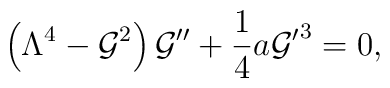
\left(\Lambda^4-{\cal G}^2\right){\cal G}''+{1\over 4}a {{\cal G}'}^3=0,